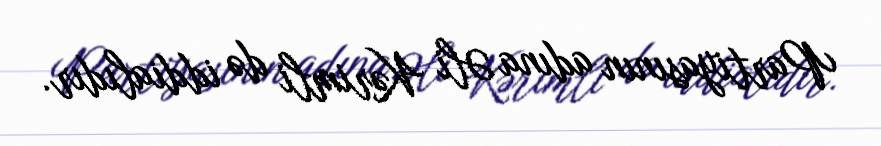
Partiyasının adına Əli Kərimli də iddialıdır.